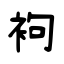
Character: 袧